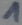
Text: 1